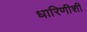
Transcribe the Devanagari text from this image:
धारिणीशी